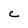
Character: C